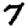
Digit: 7